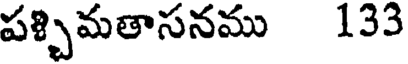
పశ్చిమతాసనము 133